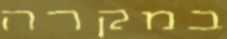
במקרה